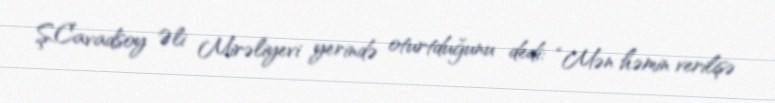
Ş.Cavadsoy Əli Mirəliyevi yerində oturtduğunu dedi: “Mən həmin verilişə